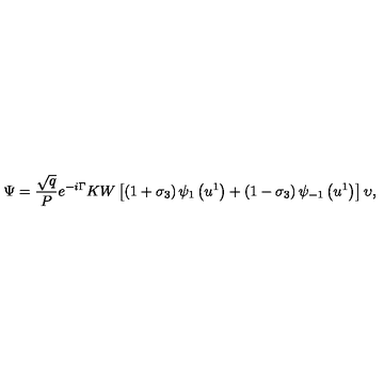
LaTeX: \Psi = \frac { \sqrt { q } } { P } e ^ { - i \Gamma } K W \left[ \left( 1 + \sigma _ { 3 } \right) \psi _ { 1 } \left( u ^ { 1 } \right) + \left( 1 - \sigma _ { 3 } \right) \psi _ { - 1 } \left( u ^ { 1 } \right) \right] \upsilon ,